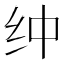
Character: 𰫿